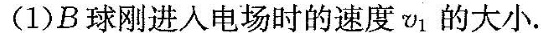
(1)B球刚进入电场时的速度v_{1}的大小。